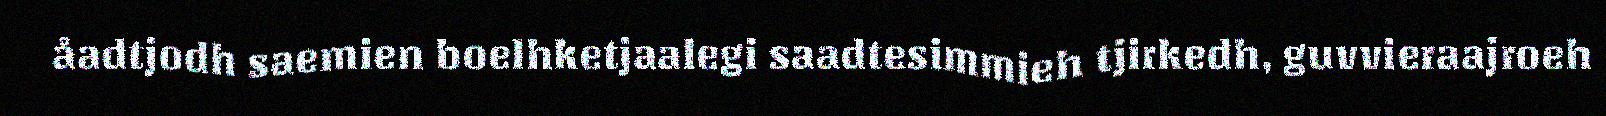
åadtjodh saemien boelhketjaalegi saadtesimmieh tjirkedh, guvvieraajroeh